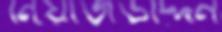
নিয়াজউদ্দিন